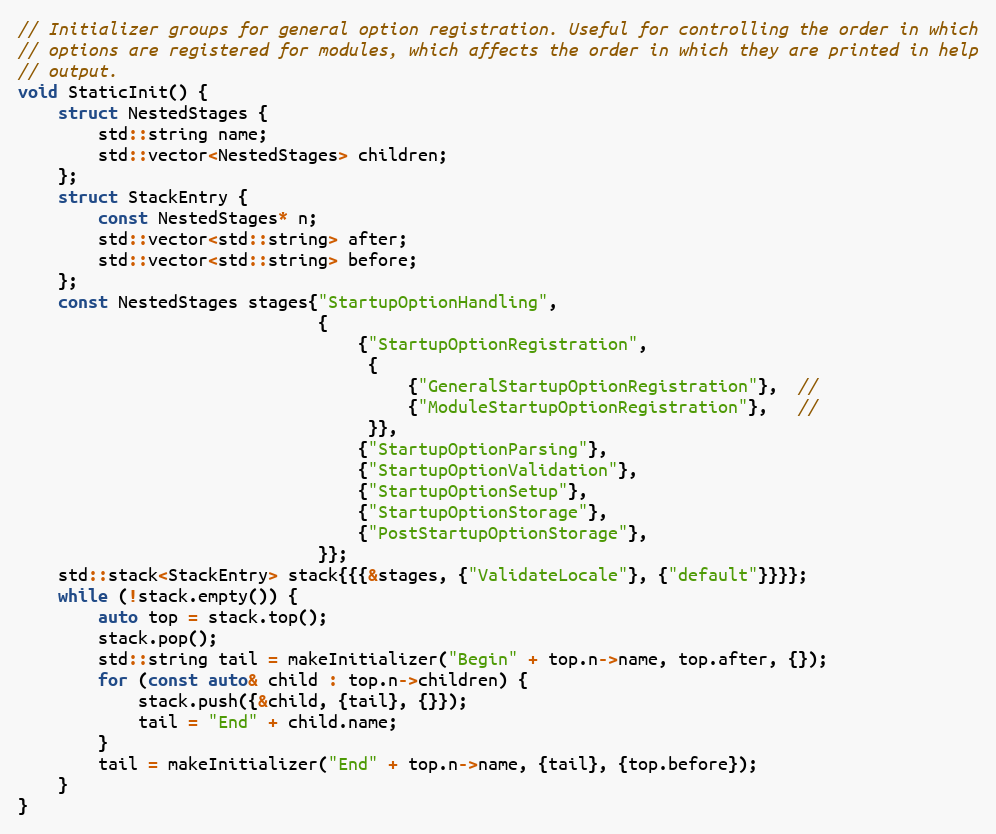
Language: C++
// Initializer groups for general option registration. Useful for controlling the order in which
// options are registered for modules, which affects the order in which they are printed in help
// output.
void StaticInit() {
    struct NestedStages {
        std::string name;
        std::vector<NestedStages> children;
    };
    struct StackEntry {
        const NestedStages* n;
        std::vector<std::string> after;
        std::vector<std::string> before;
    };
    const NestedStages stages{"StartupOptionHandling",
                              {
                                  {"StartupOptionRegistration",
                                   {
                                       {"GeneralStartupOptionRegistration"},  //
                                       {"ModuleStartupOptionRegistration"},   //
                                   }},
                                  {"StartupOptionParsing"},
                                  {"StartupOptionValidation"},
                                  {"StartupOptionSetup"},
                                  {"StartupOptionStorage"},
                                  {"PostStartupOptionStorage"},
                              }};
    std::stack<StackEntry> stack{{{&stages, {"ValidateLocale"}, {"default"}}}};
    while (!stack.empty()) {
        auto top = stack.top();
        stack.pop();
        std::string tail = makeInitializer("Begin" + top.n->name, top.after, {});
        for (const auto& child : top.n->children) {
            stack.push({&child, {tail}, {}});
            tail = "End" + child.name;
        }
        tail = makeInitializer("End" + top.n->name, {tail}, {top.before});
    }
}